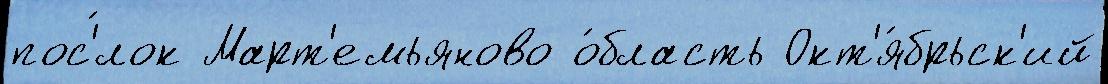
пос'́лок Март'емьяново о́бласть Окт'я́брьск'ий